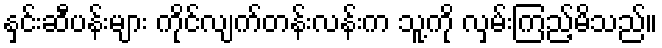
နှင်းဆီပန်းများ ကိုင်လျက်တန်းလန်းက သူ့ကို လှမ်းကြည့်မိသည်။